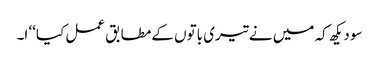
سو دیکھ کہ میں نے تیری باتوں کےمطابق عمل کیا‘‘ ا۔